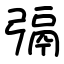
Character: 㣂